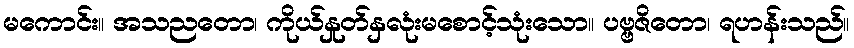
မကောင်း။ အသညတော၊ ကိုယ်နှုတ်နှလုံးမစောင့်သုံးသော။ ပဗ္ဗဇိတော၊ ရဟန်းသည်။